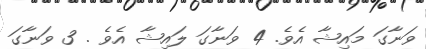
ވަނާގަ މައިޝާ އެވެ. 4 ވަނާގަ ލައިޝާ އެވެ . 3 ވަނާގަ